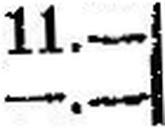
—.—